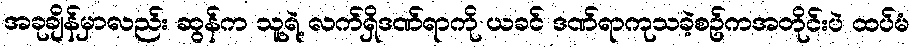
အခုချိန်မှာလည်း ဆွန်က သူ့ရဲ့ လက်ရှိဒဏ်ရာကို ယခင် ဒဏ်ရာကုသခဲ့စဥ်ကအတိုင်းပဲ ထပ်မံ